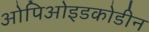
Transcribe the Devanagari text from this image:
ओपिओइडकोडीन